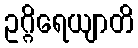
ဥဂ္ဂိရေယျာတိ